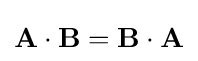
\mathbf {A} \cdot \mathbf {B} =\mathbf {B} \cdot \mathbf {A}